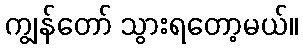
ကျွန်တော် သွားရတော့မယ်။